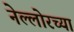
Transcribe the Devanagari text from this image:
नेल्लोरच्या